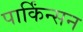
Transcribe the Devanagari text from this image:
पार्किंन्सन